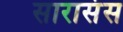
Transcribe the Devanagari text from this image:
सारासंस